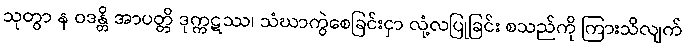
သုတွာ န ဝဒန္တိ အာပတ္တိ ဒုက္ကဋဿ၊ သံဃာကွဲစေခြင်းငှာ လုံ့လပြုခြင်း စသည်ကို ကြားသိလျက်